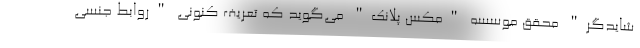
شایدگر" محقق موسسه "مکس پلانک" می‌گوید که تعریف کنونی "روابط جنسی